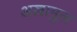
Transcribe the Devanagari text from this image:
अल्लामुल